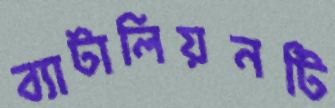
ব্যাটালিয়নটি